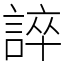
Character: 誶